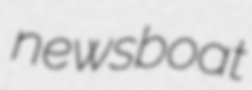
newsboat